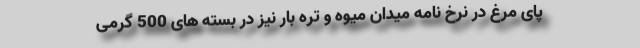
پای مرغ در نرخ نامه میدان میوه و تره بار نیز در بسته های 500 گرمی